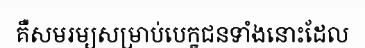
គឺសមរម្យសម្រាប់បេក្ខជនទាំងនោះដែល